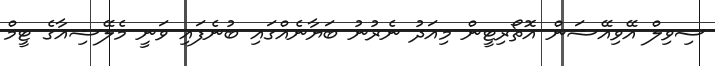
ސިވިލް އޭވިއޭޝަން އޮތޯރިޓީން މިއަދު ނެރުނު ބަޔާނެއްގައި ބުނެފައި ވަނީ މެލޭޝިއާގެ ޓީމް